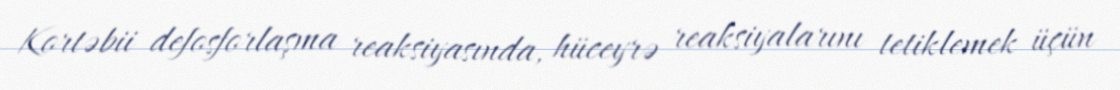
Kortəbii defosforlaşma reaksiyasında, hüceyrə reaksiyalarını tetiklemek üçün